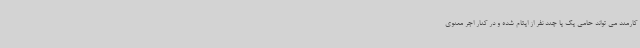
کارمند می تواند حامی یک یا چند نفر از ایتام شده و در کنار اجر معنوی